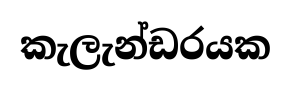
කැලැන්ඩරයක